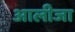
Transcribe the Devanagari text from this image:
आलीजा